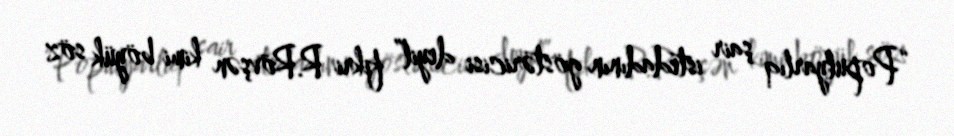
“Populyarlıq şair istedadının göstəricisi deyil” fikri R.Rövşən kimi böyük söz